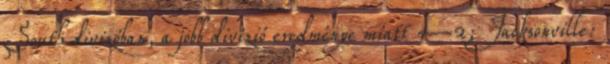
South divizóban, a jobb divízió eredménye miatt 4–2; Jacksonville: